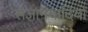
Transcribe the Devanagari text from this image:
संज्ञानवादियों